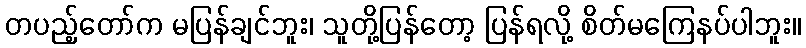
တပည့်တော်က မပြန်ချင်ဘူး၊ သူတို့ပြန်တော့ ပြန်ရလို့ စိတ်မကြေနပ်ပါဘူး။